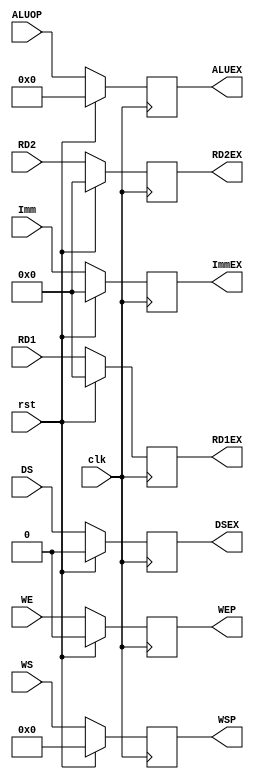
`timescale 1ns / 1ns
//////////////////////////////////////////////////////////////////////////////////
// Company: 
// Engineer: 
// 
// Design Name: 
// Module Name:    S2_Register 
// Project Name: 
// Target Devices: 
// Tool versions: 
// Description: 
//
// Dependencies: 
//
// Revision: 
// Revision 0.01 - File Created
// Additional Comments: 
//
//////////////////////////////////////////////////////////////////////////////////
module S2_Register(
	input clk,
	input rst,
	input [31:0] RD1,
	input [31:0] RD2,
	input [4:0] WS,
	input [5:0]ALUOP,
	input [31:0] Imm,
	input WE, DS,
	output reg [31:0] RD1EX,
	output reg [31:0] RD2EX,
	output reg [31:0] ImmEX,
    output reg DSEX,
    output reg [5:0]ALUEX,
	output reg [4:0] WSP,
	output reg WEP
   );

	always@(posedge clk)
		begin
		if (rst)
			begin
			RD1EX	<= 32'd0;
			RD2EX	<= 32'd0;
			ImmEX <= 0;
			DSEX <= 0;
			ALUEX <=0;
			WSP <= 5'd0;
			WEP <= 1'b0;
			end
		else
			begin
            RD1EX <= RD1;
            RD2EX <= RD2;
            ImmEX <= Imm;
            DSEX <= DS;
            ALUEX  <= ALUOP;
            WSP <= WS;
            WEP <= WE;
			end
		end

endmodule